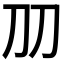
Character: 𠚪